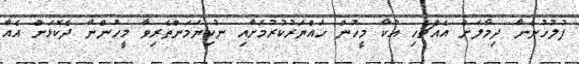
ފުލުހުންނާ ދިމާލަށް އެއްޗެހި އުކާ މީހުން ހައްޔަރުކުރުމަށާއި ނުކިޔަމަންތެރިވާ މީހުންނާ ދެކޮޅަށް އެއާ